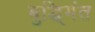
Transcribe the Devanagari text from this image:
बुद्धि्मंत